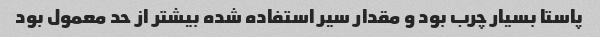
پاستا بسیار چرب بود و مقدار سیر استفاده شده بیشتر از حد معمول بود